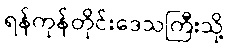
ရန်ကုန်တိုင်းဒေသကြီးသို့